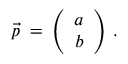
\vec { p } \: = \: \left( \begin{array} { c c } { { a } } \\ { { b } } \end{array} \right) \, .